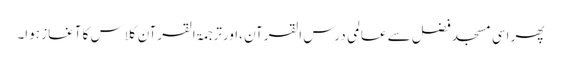
پھر اسی مسجد فضل سے عالمی درس القرآن ،اورترجمۃ القرآن کلاس کا آغاز ہوا۔